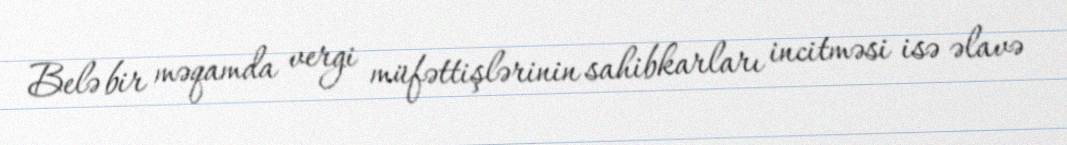
Belə bir məqamda vergi müfəttişlərinin sahibkarları incitməsi isə əlavə